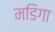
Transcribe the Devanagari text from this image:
मडिगा